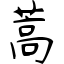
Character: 蒿